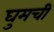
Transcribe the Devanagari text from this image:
घुमची